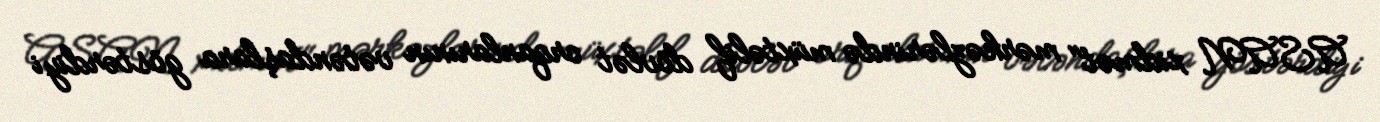
ASAN xidmət" mərkəzlərində müxtəlif dövlət orqanlarının vətəndaşlara göstərdiyi